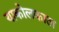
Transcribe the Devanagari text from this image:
याकोलकाता